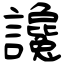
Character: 讒